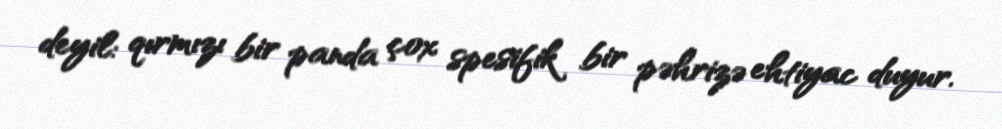
deyil: qırmızı bir panda çox spesifik bir pəhrizə ehtiyac duyur.